Report on vaccination in the Province of Bengal - 1869-1873
Year: 1869
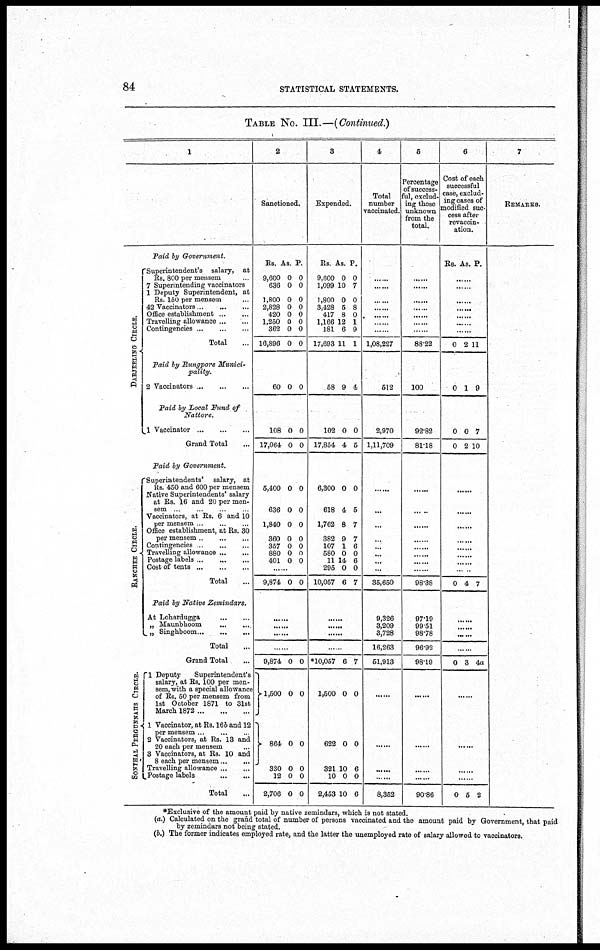
84
STATISTICAL STATEMENTS.
TABLE No. III.—(Continued.)
1
Paid by Government.
DARJEELING CIRCLE.
"Superintendent's salary, at
Rs. 800 per mensem.
7 Superintending vaccinators
1 Deputy Superintendent, at
Rs. 150 per mensem..
42 Vaccinators.. ... ...
Office establishment...
...
Travelling allowance... ...
Contingencies...
...
...
Total...
Paid by Rungpore Munici-
pality.
2
Vaccinators...
...
...
Paid by Local Fund of
Nattore.
1
Vaccinator...
...
...
Grand Total...
Paid by Government.
RANCHEE CIRCLE.
Superintendents' salary, at
Rs. 450 and 600 per mensem
Native Superintendents' salary
at Rs. 16 and 20 per men-
sem ... ... ... ...
Vaccinators, at Rs. 6 and 10
per mensem ... ... ...
Office establishment, at Rs. 30
per mensem. ... ...
Contingencies...
...
...
Travelling allowance...
...
Postage labels...
...
...
Cost of
tents...
...
...
Total...
Paid by Native Zemindars.
At
Lohardugga...
...
„
Maunbhoom...
...
„ Singhboom.. ... ... ...
Total...
Grand Total...
SONTHAL, PERGUNNAHS CIRCLE.
1 Deputy
Superintendent's
salary, at Rs. 100 per men-
sem, with a special allowance
of Rs. 50 per mensem from
1st October 1871 to 31st
March 1872...
...
...
1 Vaccinator, at Rs. 16b and 12
per mensem...
...
...
2 Vaccinators, at Rs. 13 and
20 each per mensem...
3 Vaccinators, at Rs. 10 and
8 each per mensem...
...
Travelling allowance... ...
Postage
labels...
...
Total...
2
Sanctioned.
Rs.
9,600
636
1,800
2,828
420
1,250
362
16,896
As.
0
0
0
0
0
0
0
0
P.
0
0
0
0
0
0
0
0
60 0 0
108
17,064
0
0
0
0
5,400
636
1,840
360
357
880
401
0
0
0
0
0
0
0
0
0
0
0
0
0
0
......
9,874 0 0
......
......
...
......
9,874
1,500
864
330
12
2,706
0
0
0
0
0
0
0
0
0
0
0
0
3
Expended.
Rs.
9,600
1,099
1,800
3,428
417
1,166
181
17,693
As.
0
10
0
5
8
12
6
11
P.
0
7
0
8
0
1
9
1
58 9 4
102
17,854
0
4
0
6
6,300
618
1,762
382
107
580
11
295
10,057
0
4
8
9
1
0
14
0
6
0
6
7
7
6
0
6
0
7
......
......
...
......
*10,057
1,500
622
321
10
2,453
6
0
0
10
0
10
7
0
0
6
0
6
4
Total
number
vaccinated.
......
......
......
......
......
......
......
1,08,227
512
2,970
1,11,709
......
......
......
......
......
......
......
......
35,650
9,326
3,209
3,728
16,263
51,913
......`
......
......
.. ...
8,352
5
Percentage
of success-
ful, exclud-
ing those
unknown
from the
total.
......
......
......
......
......
......
......
88.22
100
92.82
81.18
......
......
......
......
......
......
......
......
98.38
97.19
99.51
98.78
96.92
98.19
......
......
......
......
90.86
6
Cost of each
successful
case, exclud-
ing cases of
modified suc-
cess after
revaccin-
ation.
Rs. As. P.
......
......
......
......
...... ......
......
0 2 11
0 1 9
0
0
0
2
7
10
......
......
......
......
......
......
......
......
0 4 7
......
...... ......
......
0 3 4a
......
......
......
......
0 5 2
7
REMARKS.
*Exclusive of the amount paid by native zemindars, which is not stated.
(a.) Calculated on the grand total of number of persons vaccinated and the amount paid by Government, that paid
by zemindars not being stated.
(b.) The former indicates employed rate, and the latter the unemployed rate of salary allowed to vaccinators.